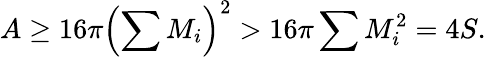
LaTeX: A\geq 16\pi\left(\sum M_{i}\right)^{2}>16\pi\sum M_{i}^{2}=4S.